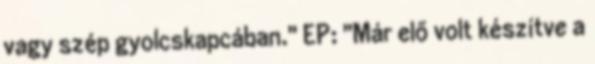
vagy szép gyolcskapcában." EP: "Már elő volt készítve a